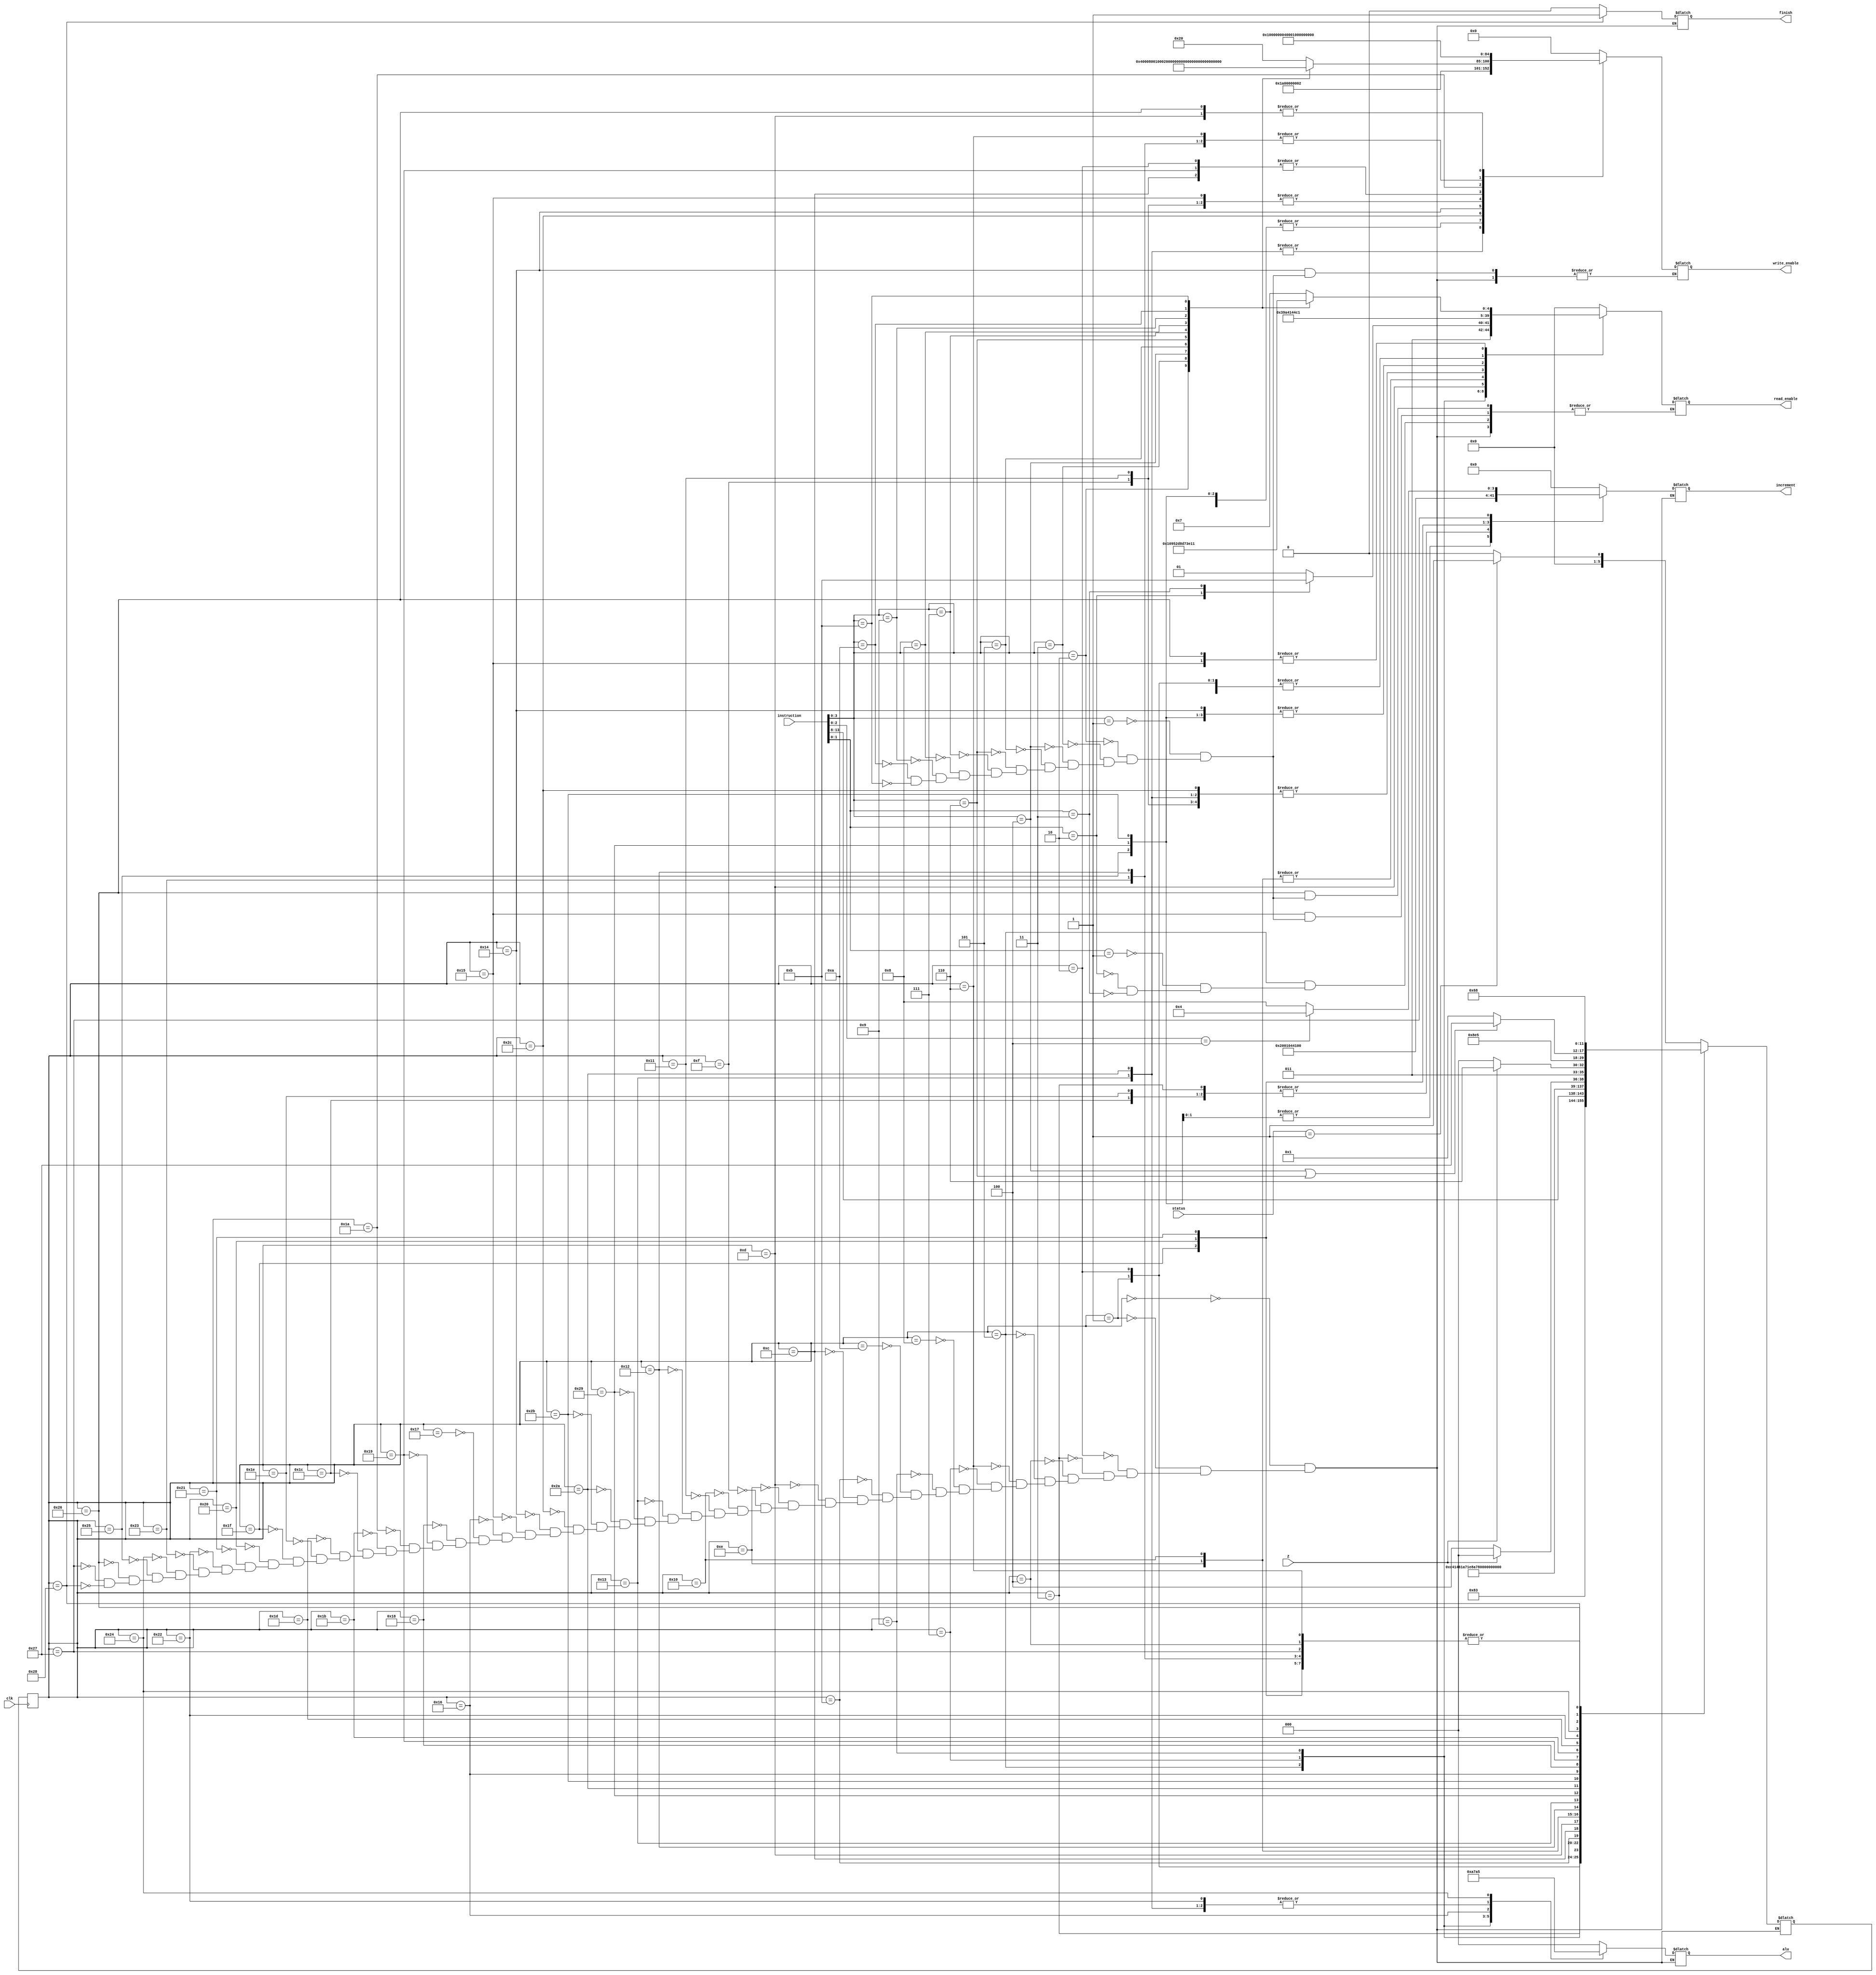
module control_unit(
	input clk, Z,
	input [15:0] instruction,
    input [1:0] status,

	output reg finish = 0,
    output reg [16:0] write_enable,
    output reg [4:0] read_enable,
	output reg [6:0] increment,
	output reg [2:0] alu
    );

localparam 
prepare = 2'b00,
process = 2'b01,
complete = 2'b11;

localparam
IDLE = 6'd0,
FETCH1 = 6'd1, FETCH2 = 6'd2, FETCH3 = 6'd3,
NOP = 6'd4,
ADD1 = 6'd5, ADD2 = 6'd6,
MUL1 = 6'd7, MUL2 = 6'd8,
SUB1 = 6'd9, SUB2 = 6'd10,
LODAC1 = 6'd11, LODAC2 = 6'd12, LODAC3 = 6'd13, LODAC4 = 6'd14, LODAC5 = 6'd15,
LDACAR1 = 6'd16, LDACAR2 = 6'd17,
STOAC1 = 6'd18, STOAC2 = 6'd19, STOAC3 = 6'd41, STOAC4 = 6'd42, STOAC5 = 6'd43, STOAC6 = 6'd44,
MVAC = 6'd20,
MOVREG = 6'd21,
CLAC1 = 6'd22, CLAC2 = 6'd23,
JUMP1 = 6'd24, JUMP2 = 6'd25, JUMP3 = 6'd26,
JUMPZ = 6'd27,
JUMPZN = 6'd28,
JMNZ = 6'd29,
JMNZN = 6'd30,
INCAC = 6'd31,
INCR = 6'd32,
INCR3 = 6'd33,
SFTR1 = 6'd34, SFTR2 = 6'd35,
SFTL1 = 6'd36, SFTL2 = 6'd37,
MOVAR1 = 6'd38,
MOVAR2 = 6'd39,
ENDOP = 6'd40;

localparam
NO_W = 17'b0_0000_0000_0000_0000,
DATA_MEM_W = 17'b0_0000_0000_0000_0001,
ALU_AC_W = 17'b0_0000_0000_0000_0010,
IR_PC_W = 17'b0_0000_0000_0000_0100,
IR_W = 17'b0_0000_0000_0000_1000,
AR_W = 17'b0_0000_0000_0001_0000,
X_W = 17'b0_0000_0000_0010_0000,
Y_W = 17'b0_0000_0000_0100_0000,
Z_W = 17'b0_0000_0000_1000_0000,
STXY_W = 17'b0_0000_0001_0000_0000,
STYZ_W = 17'b0_0000_0010_0000_0000,
STXZ_W = 17'b0_0000_0100_0000_0000,
R_W = 17'b0_0000_1000_0000_0000,
R1_W = 17'b0_0001_0000_0000_0000,
R2_W = 17'b0_0010_0000_0000_0000,
R3_W = 17'b0_0100_0000_0000_0000,
DR_W = 17'b0_1000_0000_0000_0000,
AC_W = 17'b1_0000_0000_0000_0000;

localparam
NO_R = 5'd0,
INS_MEM_R = 5'd1,
DATA_MEM_R = 5'd2,
PC_R = 5'd3,
IR_R = 5'd4,
AR_R = 5'd5,
AC_R = 5'd6,
X_R = 5'd7,
Y_R = 5'd8,
Z_R = 5'd9,
STXY_R = 5'd10,
STYZ_R = 5'd11,
STXZ_R = 5'd12,
R_R = 5'd13,
R1_R = 5'd14,
R2_R = 5'd15,
R3_R = 5'd16,
DR_R = 5'd17;

localparam
NO_I = 7'b000_0000,
PC_I = 7'b000_0001,
AC_I = 7'b000_0010,
STXY_I = 7'b000_0100,
STXZ_I = 7'b000_1000,
R_I = 7'b001_0000,
R3_I = 7'b010_0000,
AR_I = 7'b100_0000;

localparam
NO_OP = 3'd0,
ADD = 3'd1,
MUL = 3'd2,
SUB = 3'd3,
SFTR = 3'd4,
SFTL = 3'd5,
ZERO = 3'd6;

reg [5:0] CONTROL_COMMAND = 6'd0;
reg [5:0] NEXT_COMMAND = 6'd0;
always @ (negedge clk) CONTROL_COMMAND <= NEXT_COMMAND;

always @ (CONTROL_COMMAND or Z or instruction or status)
    case (CONTROL_COMMAND)

        IDLE:
            begin
                write_enable <= NO_W; 
                read_enable <= NO_R;
                increment <= NO_I;
                alu <= NO_OP;
                finish <= 0;
                NEXT_COMMAND <= (status == process) ? FETCH1: IDLE;
            end
        FETCH1:
            begin
                write_enable <= NO_W; // Merge Fetch 1 and Fetch 2 ?
                read_enable <= INS_MEM_R;
                increment <= NO_I;
                alu <= NO_OP;
                finish <= 0;
                NEXT_COMMAND <= FETCH2;
            end

        FETCH2:
            begin
                write_enable <= IR_W;
                read_enable <= INS_MEM_R;
                increment <= NO_I;
                alu <= NO_OP;
                finish <= 0;
                NEXT_COMMAND <= FETCH3;
            end

        FETCH3:
            begin
                write_enable <= NO_W;
                read_enable <= NO_R;
                increment <= PC_I;
                alu <= NO_OP;
                finish <= 0;
                NEXT_COMMAND <= instruction[15:8];
            end
    
        NOP:
            begin
                write_enable <= NO_W;
                read_enable <= NO_R;
                increment <= NO_I;
                alu <= NO_OP;
                finish <= 0;
                NEXT_COMMAND <= FETCH1;
            end
    
        ADD1:
            begin
                write_enable <= NO_W;

                case (instruction[1:0])
                    1:
                        begin
                            read_enable <= R_R;
                        end
                    2:
                        begin
                            read_enable <= R1_R;
                        end
                    3:
                        begin
                            read_enable <= R2_R;
                        end
                endcase

                increment <= NO_I;
                alu <= ADD;
                finish <= 0;
                NEXT_COMMAND <= ADD2;
            end
        
        ADD2:
            begin
                write_enable <= ALU_AC_W;
                read_enable <= NO_R;
                increment <= NO_I;
                alu <= NO_OP;
                finish <= 0;
                NEXT_COMMAND <= FETCH1;
            end
        
        MUL1:
            begin
                write_enable <= NO_W;
                read_enable <= R1_R;
                increment <= NO_I;
                alu <= MUL;
                finish <= 0;
                NEXT_COMMAND <= MUL2;
            end
        
        MUL2:
            begin
                write_enable <= ALU_AC_W;
                read_enable <= NO_R;
                increment <= NO_I;
                alu <= NO_OP;
                finish <= 0;
                NEXT_COMMAND <= FETCH1;
            end

        SUB1:
            begin
                write_enable <= NO_W;
                read_enable <= R_R;
                increment <= NO_I;
                alu <= SUB;
                finish <= 0;
                NEXT_COMMAND <= SUB2;
            end
        
        SUB2:
            begin
                write_enable <= ALU_AC_W;
                read_enable <= NO_R;
                increment <= NO_I;
                alu <= NO_OP;
                finish <= 0;
                NEXT_COMMAND <= FETCH1;
            end

        LODAC1:
            begin
                write_enable <= NO_W; // Merge Fetch 1 and Fetch 2 ?
                read_enable <= INS_MEM_R;
                increment <= NO_I;
                alu <= NO_OP;
                finish <= 0;
                NEXT_COMMAND <= LODAC2;
            end

        LODAC2:
            begin
                write_enable <= IR_W;
                read_enable <= INS_MEM_R;
                increment <= NO_I;
                alu <= NO_OP;
                finish <= 0;
                NEXT_COMMAND <= LODAC3;
            end

        LODAC3:
            begin
                write_enable <= AR_W;
                read_enable <= IR_R;
                increment <= PC_I;
                alu <= NO_OP;
                finish <= 0;
                NEXT_COMMAND <= LODAC4;
            end
        
        LODAC4:
            begin
                write_enable <= DR_W; //Assuming data will be available by next Positive egdge
                read_enable <= DATA_MEM_R;
                increment <= NO_I;
                alu <= NO_OP;
                finish <= 0;
                NEXT_COMMAND <= LODAC5;
            end

        LODAC5:
            begin
                write_enable <= AC_W;
                read_enable <= DR_R;
                increment <= NO_I;
                alu <= NO_OP;
                finish <= 0;
                NEXT_COMMAND <= FETCH1;
            end
        
        LDACAR1:
            begin
                write_enable <= DR_W;
                read_enable <= DATA_MEM_R;
                increment <= NO_I;
                alu <= NO_OP;
                finish <= 0;
                NEXT_COMMAND <= LDACAR2;
            end

        LDACAR2:
            begin
                write_enable <= AC_W;
                read_enable <= DR_R;
                increment <= NO_I;
                alu <= NO_OP;
                finish <= 0;
                NEXT_COMMAND <= FETCH1;
            end

        STOAC1:
            begin
                write_enable <= DR_W;
                read_enable <= AC_R;
                increment <= NO_I;
                alu <= NO_OP;
                finish <= 0;
                NEXT_COMMAND <= STOAC2;
            end

        STOAC2:
            begin
                write_enable <= DATA_MEM_W + ALU_AC_W;
                read_enable <= DR_R;
                increment <= NO_I;
                alu <= SFTR;
                finish <= 0;
                NEXT_COMMAND <= STOAC3;
            end
        
        STOAC3:
            begin
                write_enable <= DR_W;
                read_enable <= AC_R;
                increment <= AR_I;
                alu <= NO_OP;
                finish <= 0;
                NEXT_COMMAND <= STOAC4;
            end
        
        STOAC4:
            begin
                write_enable <= DATA_MEM_W + ALU_AC_W;
                read_enable <= DR_R;
                increment <= NO_I;
                alu <= SFTR;
                finish <= 0;
                NEXT_COMMAND <= STOAC5;
            end

        STOAC5:
            begin
                write_enable <= DR_W;
                read_enable <= AC_R;
                increment <= AR_I;
                alu <= NO_OP;
                finish <= 0;
                NEXT_COMMAND <= STOAC6;
            end

        STOAC6:
            begin
                write_enable <= DATA_MEM_W;
                read_enable <= DR_R;
                increment <= NO_I;
                alu <= NO_OP;
                finish <= 0;
                NEXT_COMMAND <= FETCH1;
            end

        MVAC:
            begin

                case (instruction[3:0])
                    1:
                        begin
                            write_enable <= X_W;
                        end
                    2:
                        begin
                            write_enable <= Y_W;
                        end
                    3:
                        begin
                            write_enable <= Z_W;
                        end
                    4:
                        begin
                            write_enable <= STXY_W;
                        end
                    5:
                        begin
                            write_enable <= STYZ_W;
                        end
                    6:
                        begin
                            write_enable <= STXZ_W;
                        end
                    7:
                        begin
                            write_enable <= R_W;
                        end
                    8:
                        begin
                            write_enable <= R1_W;
                        end
                    9:
                        begin
                            write_enable <= R2_W;
                        end
                    10:
                        begin
                            write_enable <= R3_W;
                        end
                    11:
                        begin
                            write_enable <= DR_W;
                        end
                endcase

                read_enable <= AC_R;
                increment <= NO_I;
                alu <= NO_OP;
                finish <= 0;
                NEXT_COMMAND <= FETCH1;
            end
        
        MOVREG:
            begin
                write_enable <= AC_W;

                case (instruction[3:0])
                    1:
                        begin
                            read_enable <= X_R;
                        end
                    2:
                        begin
                            read_enable <= Y_R;
                        end
                    3:
                        begin
                            read_enable <= Z_R;
                        end
                    4:
                        begin
                            read_enable <= STXY_R;
                        end
                    5:
                        begin
                            read_enable <= STYZ_R;
                        end
                    6:
                        begin
                            read_enable <= STXZ_R;
                        end
                    7:
                        begin
                            read_enable <= R_R;
                        end
                    8:
                        begin
                            read_enable <= R1_R;
                        end
                    9:
                        begin
                            read_enable <= R2_R;
                        end
                    10:
                        begin
                            read_enable <= R3_R;
                        end
                    11:
                        begin
                            read_enable <= DR_R;
                        end
                endcase

                increment <= NO_I;
                alu <= NO_OP;
                finish <= 0;
                NEXT_COMMAND <= FETCH1;
            end

        CLAC1:
            begin
                write_enable <= NO_W;
                read_enable <= NO_R;
                increment <= NO_I;
                alu <= ZERO;
                finish <= 0;
                NEXT_COMMAND <= CLAC2;
            end

        CLAC2:
            begin
                write_enable <= ALU_AC_W;
                read_enable <= NO_R;
                increment <= NO_I;
                alu <= NO_OP;
                finish <= 0;
                NEXT_COMMAND <= FETCH1;
            end
        
        JUMP1:
            begin
                write_enable <= NO_W;
                read_enable <= INS_MEM_R;
                increment <= NO_I;
                alu <= NO_OP;
                finish <= 0;
                NEXT_COMMAND <= JUMP2;
            end
        JUMP2:
            begin
                write_enable <= IR_W;
                read_enable <= INS_MEM_R;
                increment <= NO_I;
                alu <= NO_OP;
                finish <= 0;
                NEXT_COMMAND <= JUMP3;
            end

        JUMP3:
            begin
                write_enable <= IR_PC_W;
                read_enable <= NO_R;
                increment <= NO_I;
                alu <= NO_OP;
                finish <= 0;
                NEXT_COMMAND <= FETCH1;
            end
        
        JUMPZ:
            begin
                write_enable <= NO_W;
                read_enable <= NO_R;
                increment <= NO_I;
                alu <= NO_OP;
                finish <= 0;
                NEXT_COMMAND <= (Z) ? JUMP1: JUMPZN;
            end
        
        JUMPZN:
            begin
                write_enable <= NO_W;
                read_enable <= NO_R;
                increment <= PC_I;
                alu <= NO_OP;
                finish <= 0;
                NEXT_COMMAND <= FETCH1;
            end
        
        JMNZ:
            begin
                write_enable <= NO_W;
                read_enable <= NO_R;
                increment <= NO_I;
                alu <= NO_OP;
                finish <= 0;
                NEXT_COMMAND <= (Z) ? JMNZN: JUMP1;
            end
        
        JMNZN:
            begin
                write_enable <= NO_W;
                read_enable <= NO_R;
                increment <= PC_I;
                alu <= NO_OP;
                finish <= 0;
                NEXT_COMMAND <= FETCH1;
            end

        INCAC:
            begin
                write_enable <= NO_W;
                read_enable <= NO_R;
                increment <= AC_I;
                alu <= NO_OP;
                finish <= 0;
                NEXT_COMMAND <= FETCH1;
            end
        
        INCR:
            begin
                write_enable <= NO_W;
                read_enable <= NO_R;
                increment <= R_I;
                alu <= NO_OP;
                finish <= 0;
                NEXT_COMMAND <= FETCH1;
            end

        INCR3:
            begin
                write_enable <= NO_W;
                read_enable <= NO_R;
                increment <= R3_I;
                alu <= NO_OP;
                finish <= 0;
                NEXT_COMMAND <= FETCH1;
            end
        
        SFTR1:
            begin
                write_enable <= NO_W;
                read_enable <= NO_R;
                increment <= NO_I;
                alu <= SFTR;
                finish <= 0;
                NEXT_COMMAND <= SFTR2;
            end

        SFTR2:
            begin
                write_enable <= ALU_AC_W;
                read_enable <= NO_R;
                increment <= NO_I;
                alu <= NO_OP;
                finish <= 0;
                NEXT_COMMAND <= FETCH1;
            end

        SFTL1:
            begin
                write_enable <= NO_W;
                read_enable <= NO_R;
                increment <= NO_I;
                alu <= SFTL;
                finish <= 0;
                NEXT_COMMAND <= SFTL2;
            end

        SFTL2:
            begin
                write_enable <= ALU_AC_W;
                read_enable <= NO_R;
                increment <= NO_I;
                alu <= NO_OP;
                finish <= 0;
                NEXT_COMMAND <= FETCH1;
            end

        MOVAR1:
            begin
                write_enable <= AR_W;

                case (instruction[3:0])
                    1:
                        begin
                            read_enable <= X_R;
                        end
                    2:
                        begin
                            read_enable <= Y_R;
                        end
                    3:
                        begin
                            read_enable <= Z_R;
                        end
                    4:
                        begin
                            read_enable <= STXY_R;
                        end
                    5:
                        begin
                            read_enable <= STYZ_R;
                        end
                    6:
                        begin
                            read_enable <= STXZ_R;
                        end
                    7:
                        begin
                            read_enable <= R_R;
                        end
                    8:
                        begin
                            read_enable <= R1_R;
                        end
                    9:
                        begin
                            read_enable <= R2_R;
                        end
                    10:
                        begin
                            read_enable <= R3_R;
                        end
                    11:
                        begin
                            read_enable <= DR_R;
                        end
                endcase

                increment <= NO_I;
                alu <= NO_OP;
                finish <= 0;
                NEXT_COMMAND <= (instruction[3:0] == 4 || instruction[3:0] == 6) ? MOVAR2: FETCH1;
            end

        MOVAR2:
            begin
                write_enable <= NO_W;
                read_enable <= NO_R;
                increment <= (instruction[2:0] == 4) ? STXY_I: STXZ_I;
                alu <= NO_OP;
                finish <= 0;
                NEXT_COMMAND <= FETCH1;
            end
        
        ENDOP:
            begin
                write_enable <= NO_W;
                read_enable <= NO_R;
                increment <= NO_I;
                alu <= NO_OP;
                finish <= 1;
                NEXT_COMMAND <= ENDOP;
            end
    endcase
endmodule